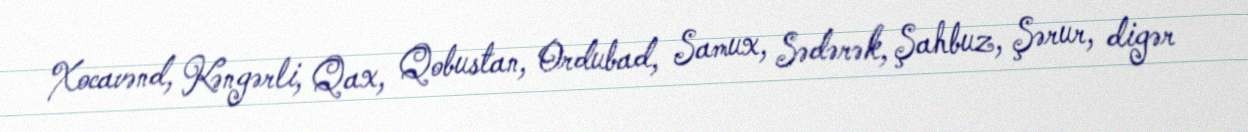
Xocavənd, Kəngərli, Qax, Qobustan, Ordubad, Samux, Sədərək, Şahbuz, Şərur, digər